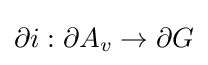
\partial i:\partial A_{v}\to \partial G